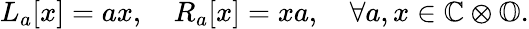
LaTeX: \begin{array}{r}{L_{a}[x]=ax,\quad R_{a}[x]=xa,\quad\forall a,x\in\mathbb{C}\otimes\mathbb{O}.}\end{array}